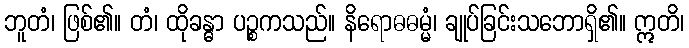
ဘူတံ၊ ဖြစ်၏။ တံ၊ ထိုခန္ဓာ ပဉ္စကသည်။ နိရောဓဓမ္မံ၊ ချုပ်ခြင်းသဘောရှိ၏။ ဣတိ၊